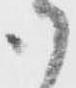
御